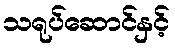
သရုပ်ဆောင်နှင့်